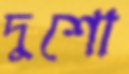
দুশো